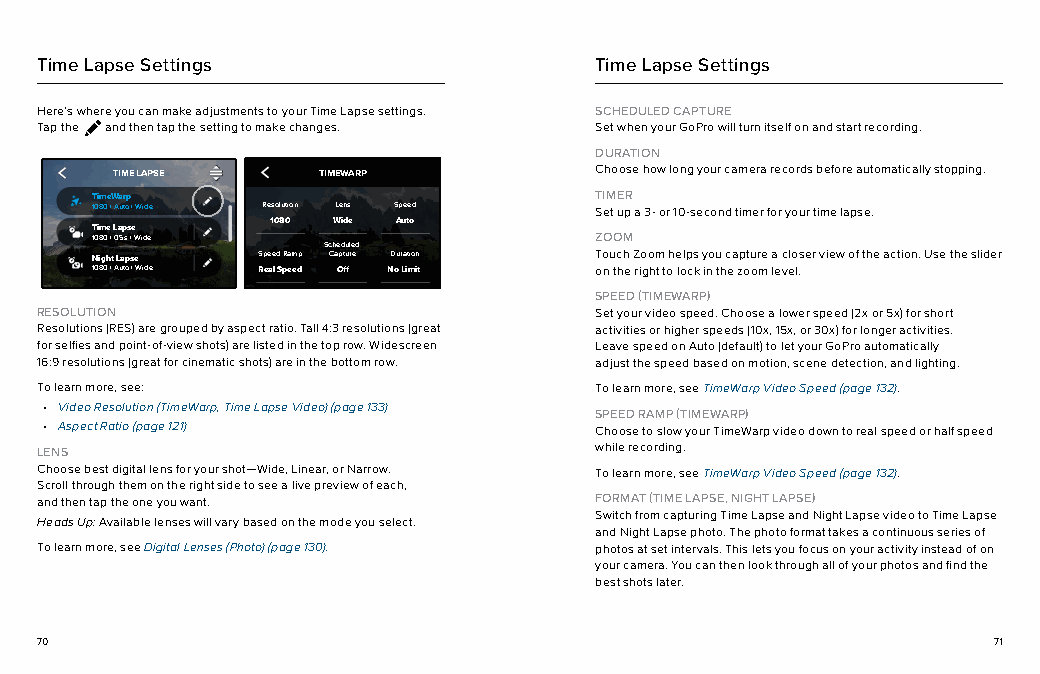
Time Lapse Settings                  Time Lapse Settings
 Here’s where you can make adjustments to your Time Lapse settings. SCHEDULED CAPTURE
 Tap the and then tap the setting to make changes. Set when your GoPro will turn itself on and start recording.
 DURATION
 TIME LAPSE    TIMEWARP          Choose how long your camera records before automatically stopping.
 TimeWarp                         TIMER
 1080 | Auto | Wide Resolution Lens Speed Set up a 3- or 10-second timer for your time lapse.
 1080 Wide Auto
 Time Lapse
 1080 | 0.5s | Wide               ZOOM
 Scheduled
 Night Lapse Speed Ramp Capture Duration Touch Zoom helps you capture a closer view of the action. Use the slider
 1080 | Auto | Wide Real Speed Off No Limit on the right to lock in the zoom level.
 SPEED (TIMEWARP)
 Timer Zoom
 RESOLUTION                           Set your video speed. Choose a lower speed (2x or 5x) for short
 O   1.0x
 Resolutions (RES) are grouped by aspect ratio. Tall 4:3 resolutions (great activities or higher speeds (10x, 15x, or 30x) for longer activities.
 for selfies and point-of-view shots) are listed in the top row. Widescreen Leave speed on Auto (default) to let your GoPro automatically
 PROTUNE
 16:9 resolutions (great for cinematic shots) are in the bottom row. adjust the speed based on motion, scene detection, and lighting.
 To learn more, see: EV Comp White Balance ISO Min To learn more, see TimeWarp Video Speed (page 132).
 0   Auto 100
 • Video Resolution (TimeWarp, Time Lapse Video) (page 133)
 SPEED RAMP (TIMEWARP)
 • Aspect Ratio (page 121) ISO Max Sharpness Color Choose to slow your TimeWarp video down to real speed or half speed
 LENS            1600 High GoPro      while recording.
 Choose best digital lens for your shot—Wide, Linear, or Narrow. To learn more, see TimeWarp Video Speed (page 132).
 Scroll through them on the right side to sReAWe Aau dliiove prevWiinedw of eaMcedhia, M od
 and then tap the one you want. O Auto Camera Mics FORMAT (TIME LAPSE, NIGHT LAPSE)
 Switch from capturing Time Lapse and Night Lapse video to Time Lapse
 Heads Up: Available lenses will vary based on the mode you select.
 SHORTCUTS             and Night Lapse photo. The photo format takes a continuous series of
 To learn more, see Digital Lenses (Photo) (page 130). photos at set intervals. This lets you focus on your activity instead of on
 Lower Left Lower Right Upper Left
 your camera. You can then look through all of your photos and find the
 Lens Speed Ramp O
 best shots later.
 Upper Right Mode Button
 Zoom Speed Ramp
 70                                                              71
 Restore